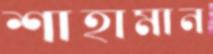
শাহামান